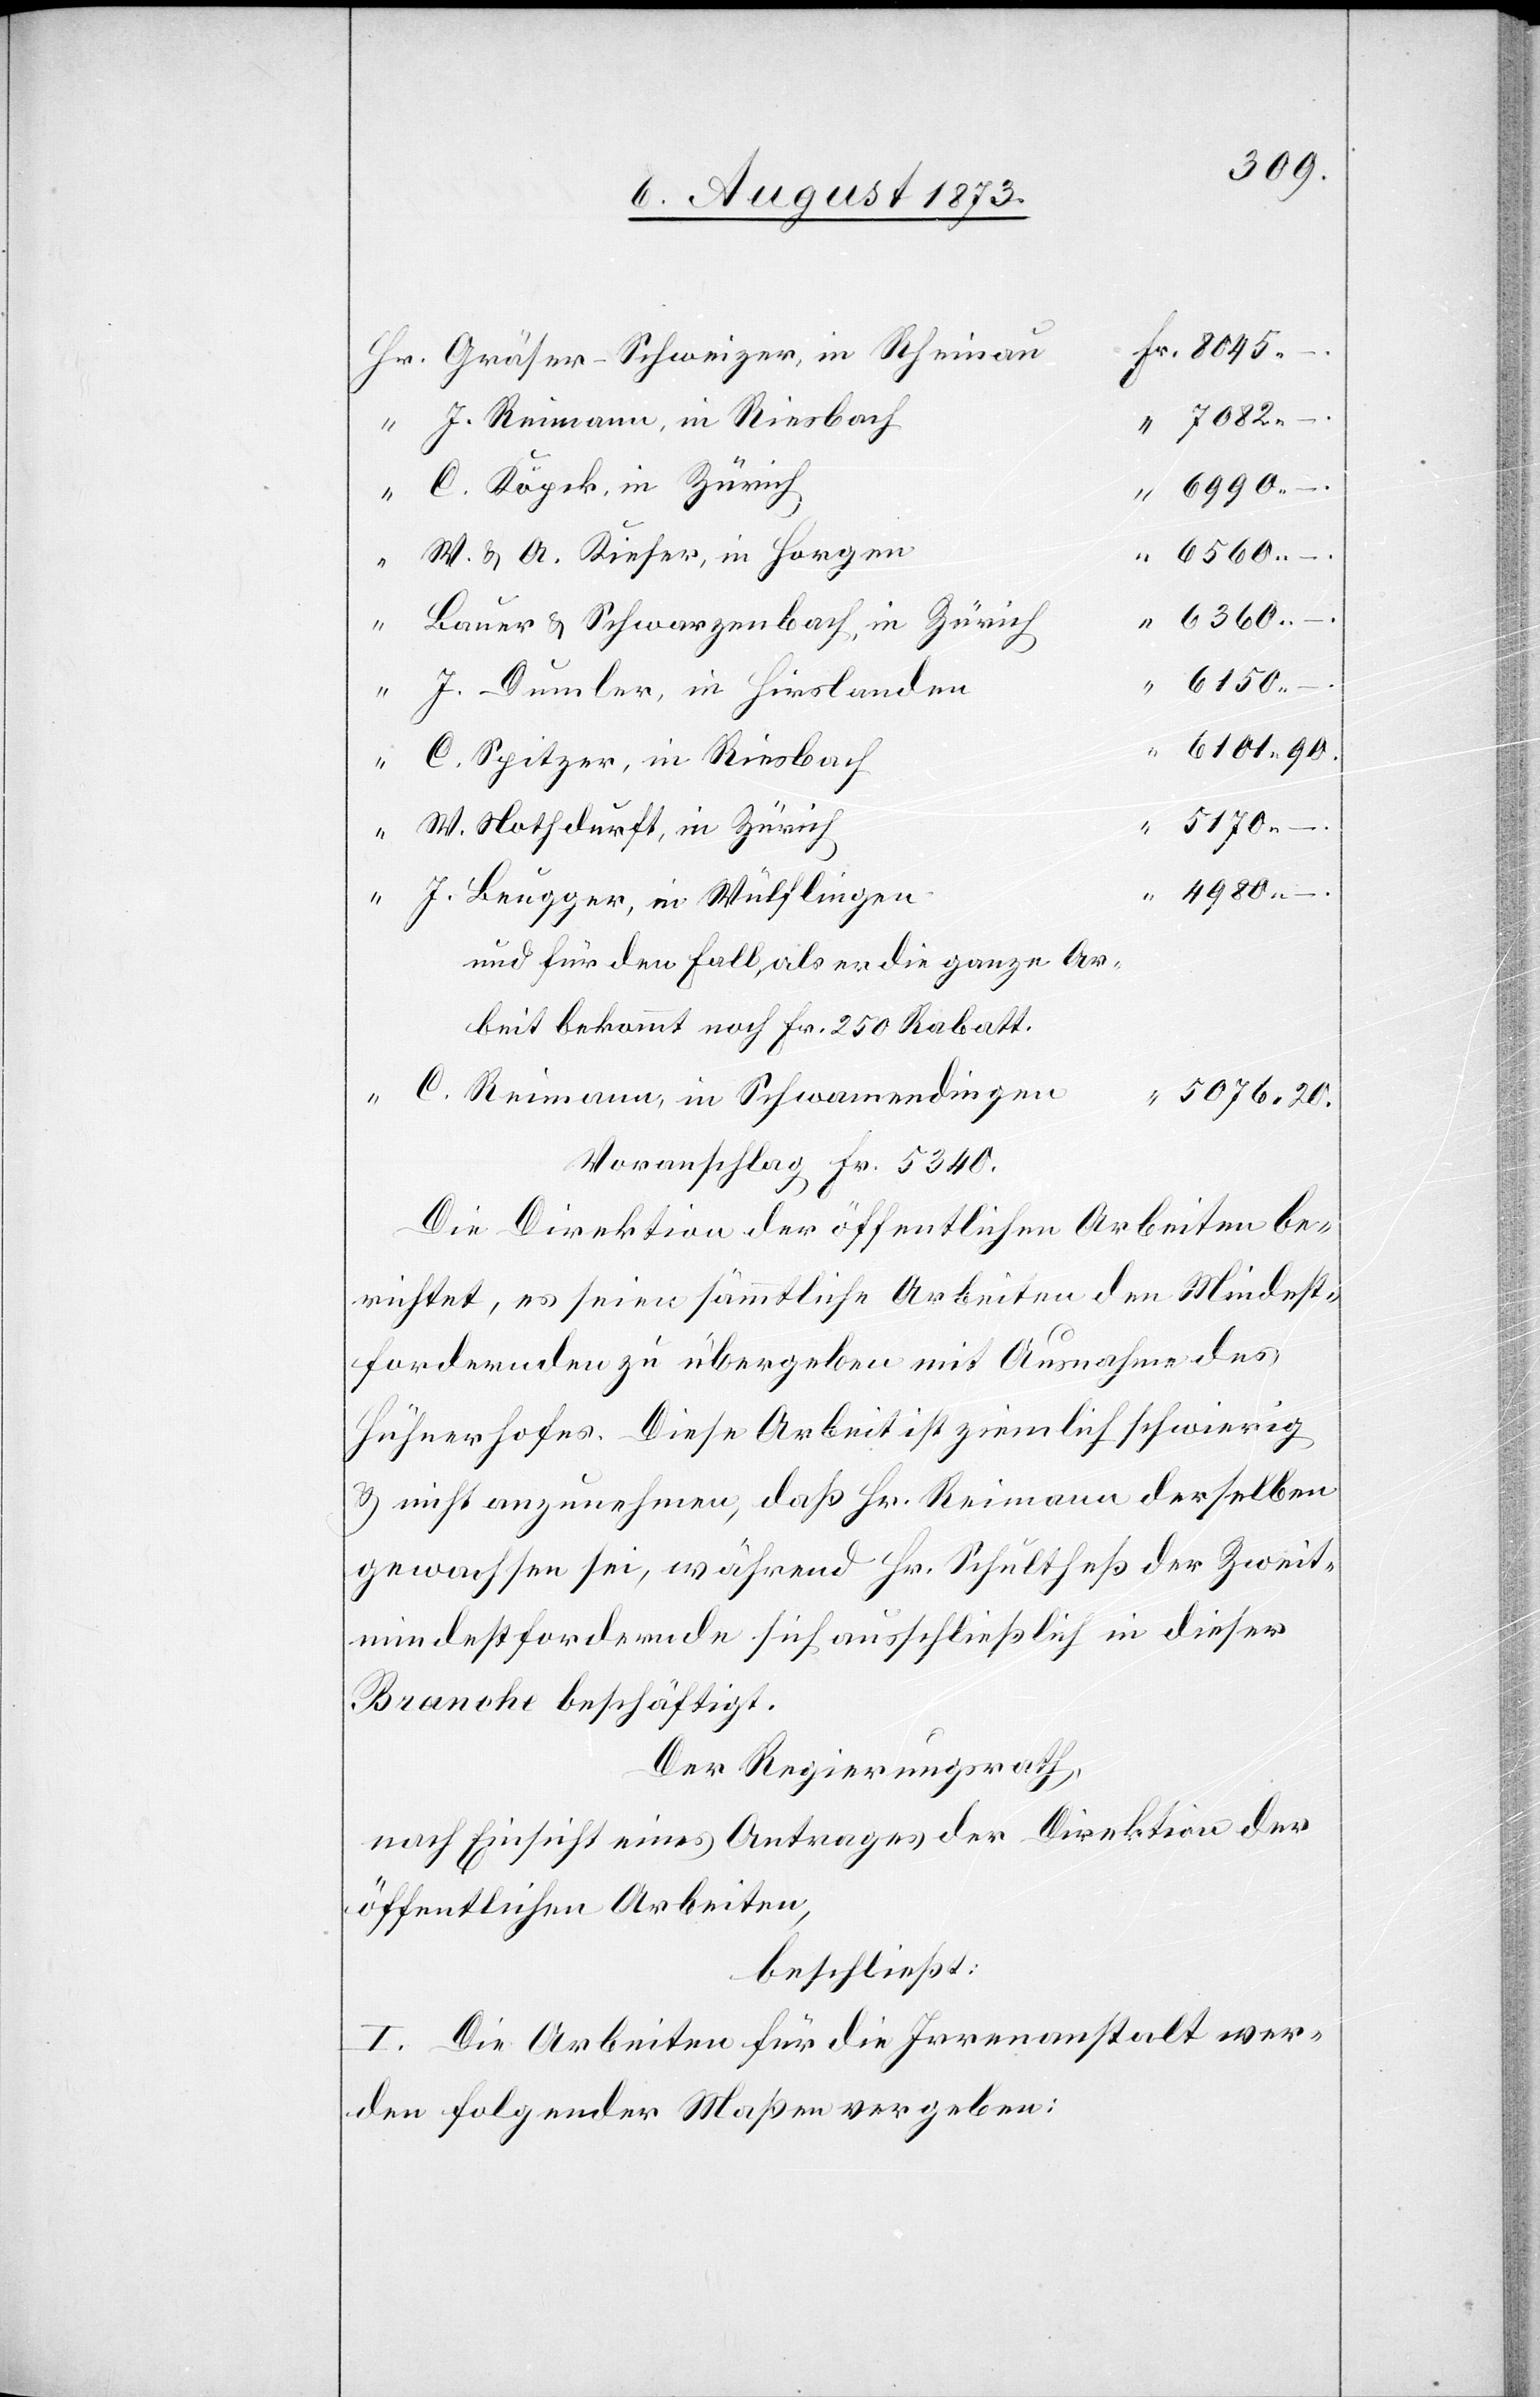
Gräser-Schweizer, in Rheinau
–.
J. Reimann, in Riesbach
7 082 –.
C. Köpck, in Zürich
6 990 –.
“
W. & A. Kiefer, in Horgen
–.
“
6 360 –.
Bauer & Schwarzenbach, in Zürich
6 150
J. Dumler, in Hirslanden
6 101 90.
C. Spitzer, in Riesbach
“
5 170
W. Nothdurft, in Zürich
4 980
J. Beugger, in Wülflingen
und für den Fall, als er die ganze Ar¬
beit bekommt noch Fr. 250 Rabatt.
C. Reimann, in Schwamendingen
5 076 20.
Voranschlag Fr. 5 340.
Die Direktion der öffentlichen Arbeiten be¬
richtet, es seien sämmtliche Arbeiten den Mindest¬
fordernden zu übergeben mit Ausnahme des
Hühnerhofes. Diese Arbeit ist ziemlich schwierig
& nicht anzunehmen, daß Hr. Reimann derselben
gewachsen sei, während Hr. Schultheß der Zweit¬
mindestfordernde sich ausschließlich in dieser
Branche beschäftigt.
Der Regierungsrath,
nach Einsicht eines Antrages der Direktion der
öffentlichen Arbeiten,
beschließt:
I. Die Arbeiten für die Irrenanstalt wer¬
den folgender Maßen vergeben: